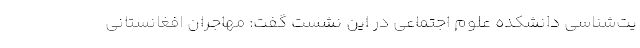
یت‌شناسی دانشکده علوم اجتماعی در این نشست گفت: مهاجران افغانستانی